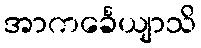
အာကင်္ခေယျာသိ